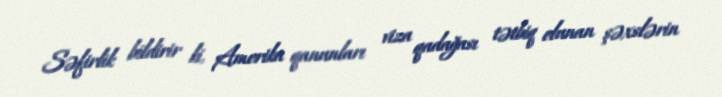
Səfirlik bildirir ki, Amerika qanunları viza qadağası tətbiq olunan şəxslərin